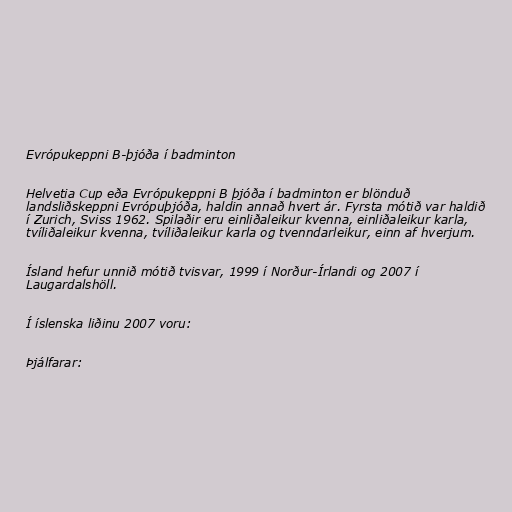
Evrópukeppni B-þjóða í badminton

Helvetia Cup eða Evrópukeppni B þjóða í badminton er blönduð
landsliðskeppni Evrópuþjóða, haldin annað hvert ár. Fyrsta mótið var haldið
í Zurich, Sviss 1962. Spilaðir eru einliðaleikur kvenna, einliðaleikur karla,
tvíliðaleikur kvenna, tvíliðaleikur karla og tvenndarleikur, einn af hverjum.

Ísland hefur unnið mótið tvisvar, 1999 í Norður-Írlandi og 2007 í
Laugardalshöll.

Í íslenska liðinu 2007 voru:

Þjálfarar: